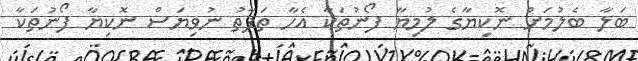
ބަލާ ބެލުމަށް ނޮކިޔާގެ ލުމިޔާ ފޯނުތަކާ އެހާ ތަފާތު ނުވިޔަސް ނޮކިޔާ ފޯނުތަކާ